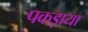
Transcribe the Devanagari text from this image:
पकड़ाया